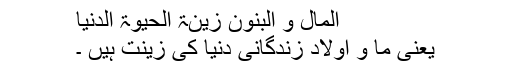
المال و البنون زینۃ الحیوۃ الدنیا
یعنی ما و اولاد زندگانی دنیا کی زینت ہیں ۔